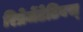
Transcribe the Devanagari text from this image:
रिप्रेजेंटेटिवस्